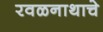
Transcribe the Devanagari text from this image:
रवळनाथाचे